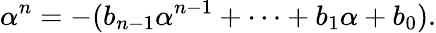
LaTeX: \alpha^{n}=-(b_{n-1}\alpha^{n-1}+\cdots+b_{1}\alpha+b_{0}).